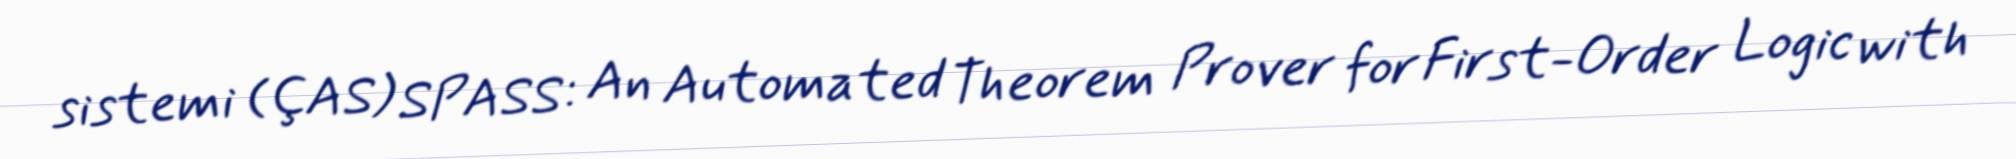
sistemi (ÇAS) SPASS: An Automated Theorem Prover for First-Order Logic with